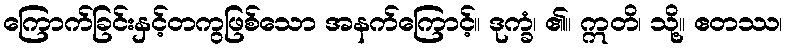
ကြောက်ခြင်းနှင့်တကွဖြစ်သော အနက်ကြောင့်။ ဒုက္ခံ၊ ၏။ ဣတိ၊ သို့။ ဧတဿ၊